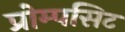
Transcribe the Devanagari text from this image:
प्रोम्पसिट